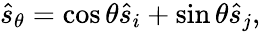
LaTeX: \begin{array}{r}{\hat{s}_{\theta}=\cos\theta\hat{s}_{i}+\sin\theta\hat{s}_{j},}\end{array}